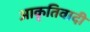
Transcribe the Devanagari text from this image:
आकृतिवादी